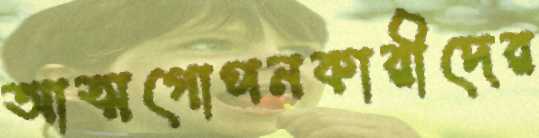
আত্মগোপনকারীদের